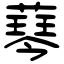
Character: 䔷